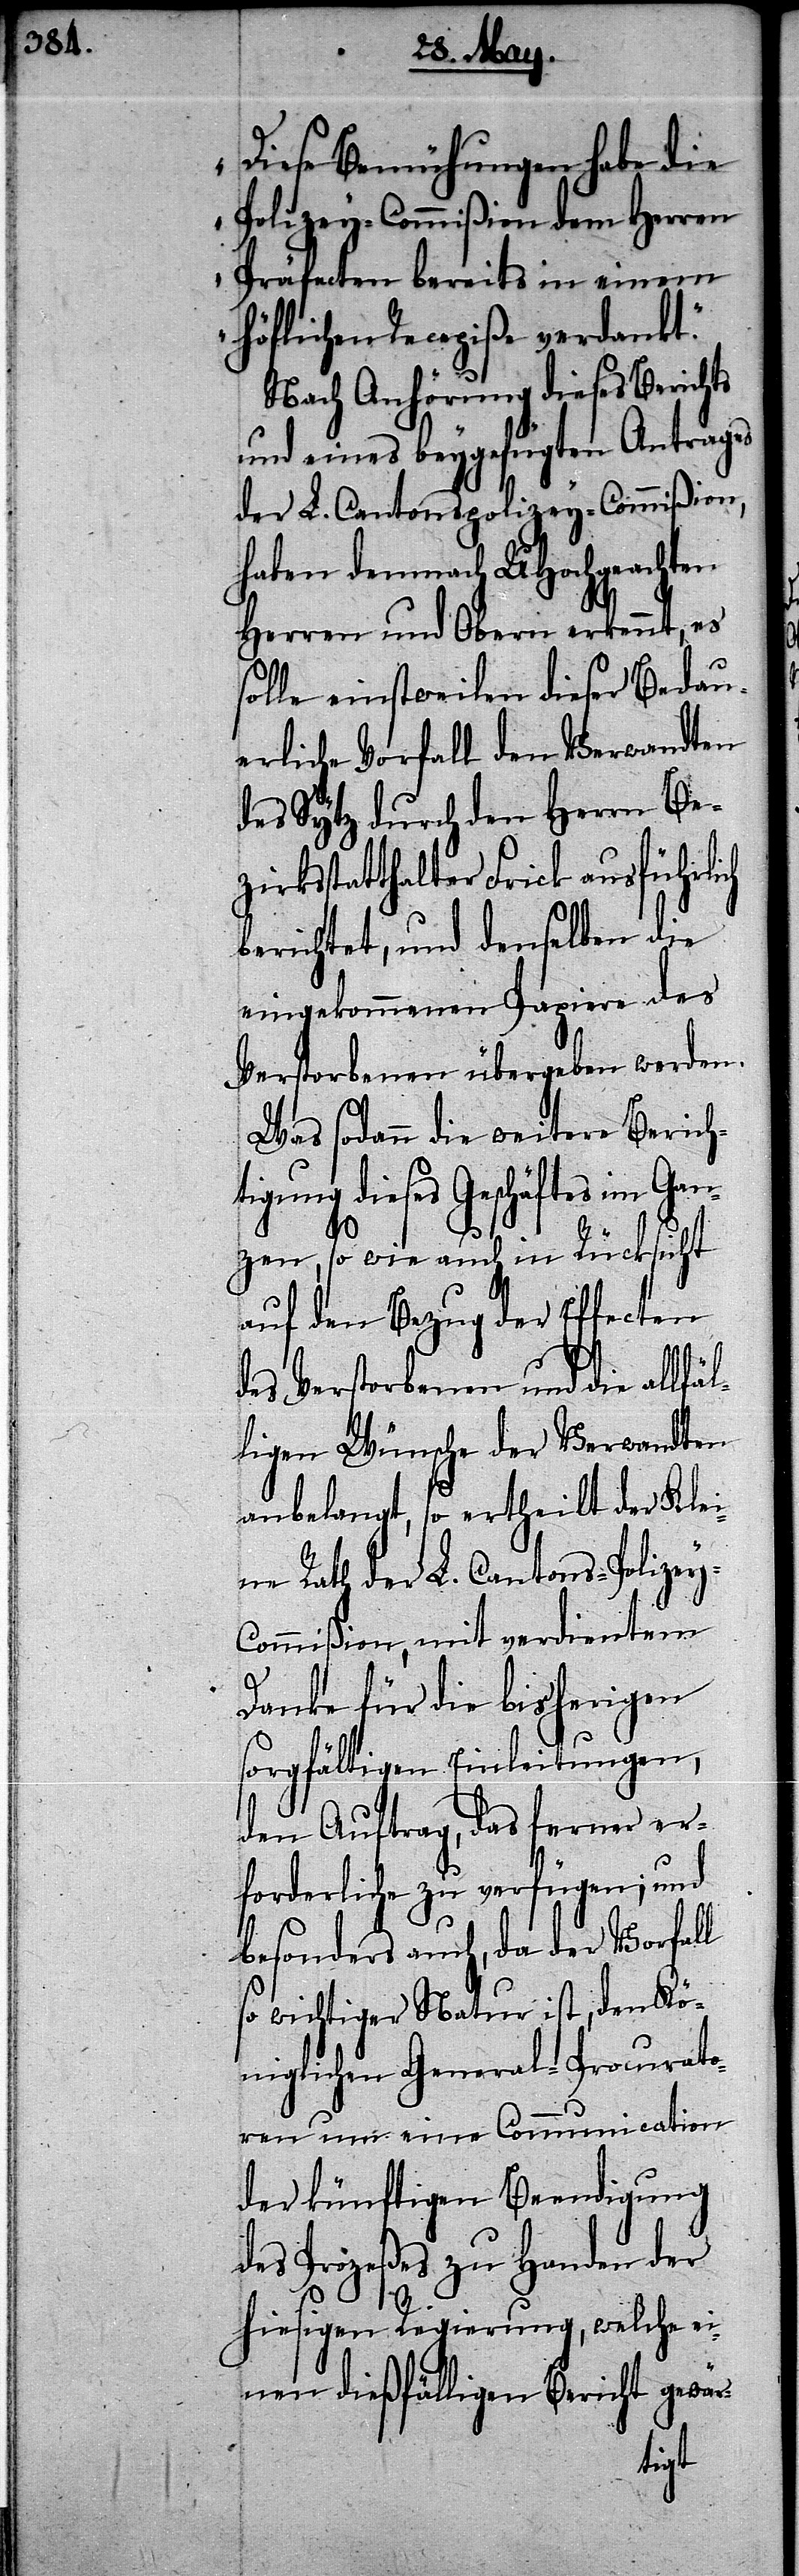
Diese Bemühungen habe die
Polizey-Commißion dem Herren
Präfecten bereits in enem
höflichen Recepiße verdankt.“
Nach Anhörung dieses Berichts
und eines beygefügten Antrages
der L. Cantonspolizey-Commißion,
haben demnach UHochgeachten
Herren und Obern erkennt, es
solle einsweilen dieser Bedau¬
erliche Vorfall den Verwandten
des Sytz durch den Herrn Bez¬
irksstatthalter Frick ausführlich
berichtet, und denselben die
eingekommenen Papiere des
Verstorbenen übergeben werden.
Was sodann die weitere Berich¬
ung dieses Geschäftes im Ga¬
nzen, so wie auch in Rücksicht
auf den Bezug der Effecten
des Verstorbenen und die allfäl¬
ligen Wünsche der Verwandten
anbelangt, so ertheilt der Klei¬
ne Rath der L. Cantons-Polize¬
y-Commißion, mit verdientem
Danke für die bisherigen
sorgfältigen Einleitungen,
den Auftrag, das ferner er¬
forderliche zu verfügen; und
besonders auch, da der Vorfall
so wichtiger Natur ist, den Kö¬
niglichen General-Procurato¬
ren um eine Communication
der künftigen Beendigung
des Prozeßes zu Handen der
hiesigen Regierung, welche ei¬
nen dießfälligen Bericht gewär-
tig¬